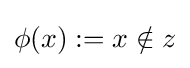
\phi (x):=x\notin z